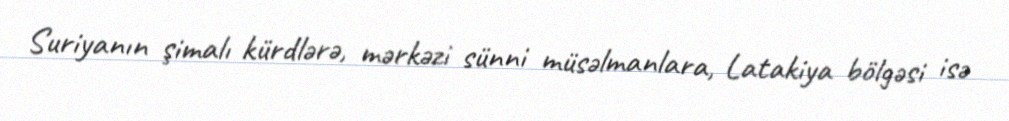
Suriyanın şimalı kürdlərə, mərkəzi sünni müsəlmanlara, Latakiya bölgəsi isə